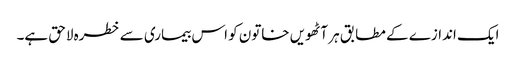
ایک اندازے کے مطابق ہر آٹھویں خاتون کو اس بیماری سے خطرہ لاحق ہے۔